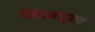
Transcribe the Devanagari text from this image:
गामामधूनच